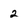
Character: 2